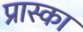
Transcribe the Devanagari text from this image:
प्रास्का